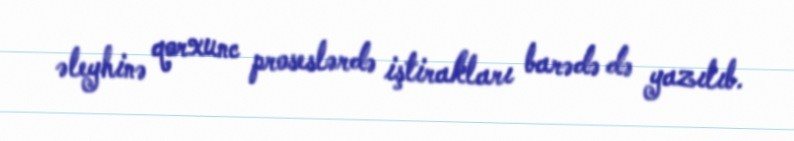
əleyhinə qorxunc proseslərdə iştirakları barədə də yazılıb.